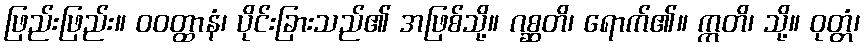
ဖြည်းဖြည်း။ ဝဝတ္ထာနံ၊ ပိုင်းခြားသည်၏ အဖြစ်သို့။ ဂစ္ဆတိ၊ ရောက်၏။ ဣတိ၊ သို့။ ဝုတ္တံ၊